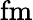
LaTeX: \mathrm{fm}